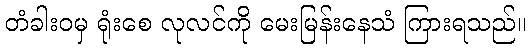
တံခါးဝမှ ရုံးစေ လုလင်ကို မေးမြန်းနေသံ ကြားရသည်။